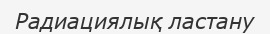
Радиациялық ластану